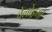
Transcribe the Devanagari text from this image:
वेलोड्रमों